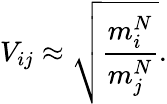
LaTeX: V_{ij}\approx\sqrt{\frac{m_{i}^{N}}{m_{j}^{N}}}.